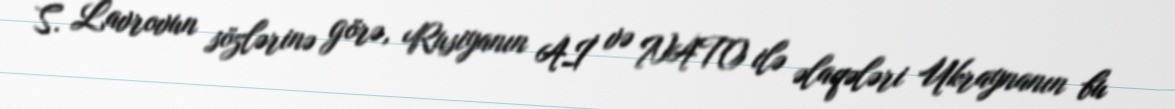
S. Lavrovun sözlərinə görə, Rusiyanın Aİ və NATO ilə əlaqələri Ukraynanın bu